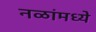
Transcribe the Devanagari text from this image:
नळांमध्ये